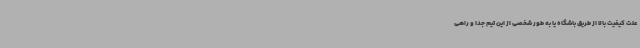
علت کیفیت بالا از طریق باشگاه یا به طور شخصی از این تیم جدا و راهی